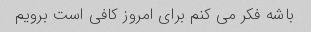
باشه فکر می کنم برای امروز کافی است برویم